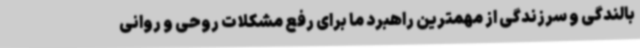
بالندگی و سرزندگی از مهمترین راهبرد ما برای رفع مشکلات روحی و روانی